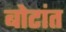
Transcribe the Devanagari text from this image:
बोटांत